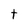
Character: t